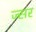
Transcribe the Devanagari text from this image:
ज्सर